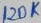
Text: 120K